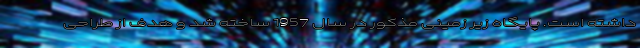
داشته است. پایگاه زیر زمینی مذکور در سال 1957 ساخته شد و هدف از طراحی